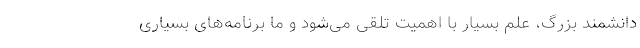
دانشمند بزرگ، علم بسیار با اهمیت تلقی می‌شود و ما برنامه‌های بسیاری